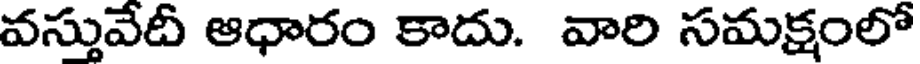
వస్తువేదీ ఆధారం కాదు. వారి సమక్షంలో